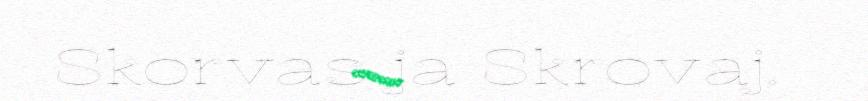
Skorvas ja Skrovaj.